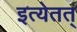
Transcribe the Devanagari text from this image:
इत्येतत्